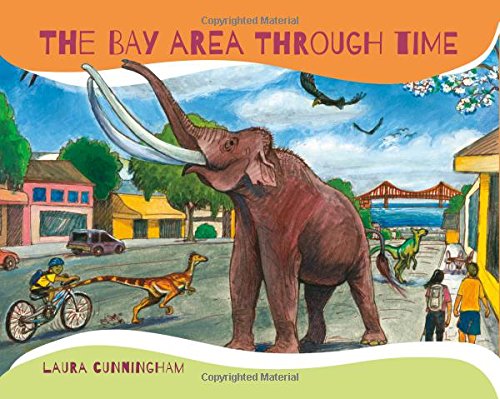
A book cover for The Bay Area Through Time; Laura Cunningham; Children's Books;